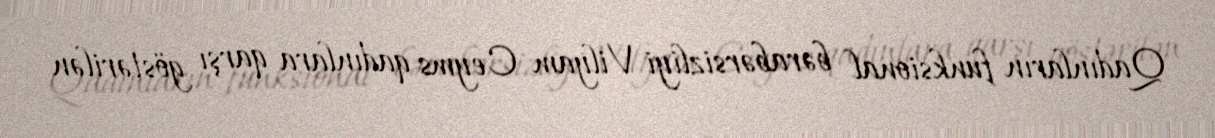
Qadınların funksional bərabərsizliyi Vilyam Ceyms qadınlara qarşı göstərilən